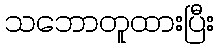
သဘောတူထားပြီး